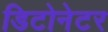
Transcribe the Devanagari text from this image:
डिटोनेटर